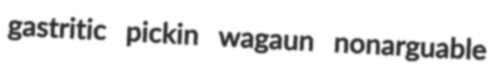
gastritic pickin wagaun nonarguable